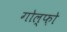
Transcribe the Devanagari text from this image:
गोल्फ़ो